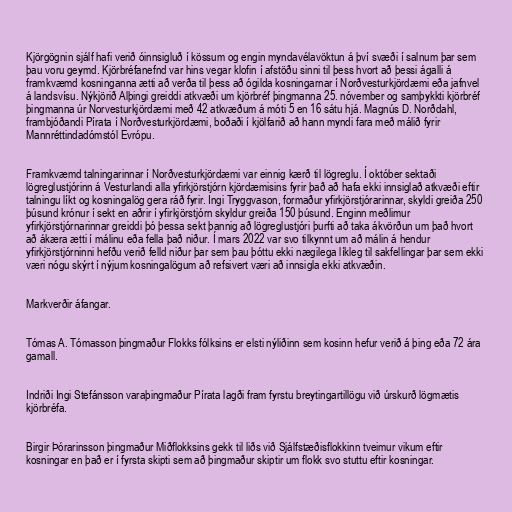
Kjörgögnin sjálf hafi verið óinnsigluð í kössum og engin myndavélavöktun á því svæði í salnum þar sem
þau voru geymd. Kjörbréfanefnd var hins vegar klofin í afstöðu sinni til þess hvort að þessi ágalli á
framkvæmd kosninganna ætti að verða til þess að ógilda kosningarnar í Norðvesturkjördæmi eða jafnvel
á landsvísu. Nýkjörið Alþingi greiddi atkvæði um kjörbréf þingmanna 25. nóvember og samþykkti kjörbréf
þingmanna úr Norvesturkjördæmi með 42 atkvæðum á móti 5 en 16 sátu hjá. Magnús D. Norðdahl,
frambjóðandi Pírata í Norðvesturkjördæmi, boðaði í kjölfarið að hann myndi fara með málið fyrir
Mannréttindadómstól Evrópu.

Framkvæmd talningarinnar í Norðvesturkjördæmi var einnig kærð til lögreglu. Í október sektaði
lögreglustjórinn á Vesturlandi alla yfirkjörstjórn kjördæmisins fyrir það að hafa ekki innsiglað atkvæði eftir
talningu líkt og kosningalög gera ráð fyrir. Ingi Tryggvason, formaður yfirkjörstjórarinnar, skyldi greiða 250
þúsund krónur í sekt en aðrir í yfirkjörstjórn skyldur greiða 150 þúsund. Enginn meðlimur
yfirkjörstjórnarinnar greiddi þó þessa sekt þannig að lögreglustjóri þurfti að taka ákvörðun um það hvort
að ákæra ætti í málinu eða fella það niður. Í mars 2022 var svo tilkynnt um að málin á hendur
yfirkjörstjórninni hefðu verið felld niður þar sem þau þóttu ekki nægilega líkleg til sakfellingar þar sem ekki
væri nógu skýrt í nýjum kosningalögum að refsivert væri að innsigla ekki atkvæðin.

Markverðir áfangar.

Tómas A. Tómasson þingmaður Flokks fólksins er elsti nýliðinn sem kosinn hefur verið á þing eða 72 ára
gamall.

Indriði Ingi Stefánsson varaþingmaður Pírata lagði fram fyrstu breytingartillögu við úrskurð lögmætis
kjörbréfa.

Birgir Þórarinsson þingmaður Miðflokksins gekk til liðs við Sjálfstæðisflokkinn tveimur vikum eftir
kosningar en það er í fyrsta skipti sem að þingmaður skiptir um flokk svo stuttu eftir kosningar.